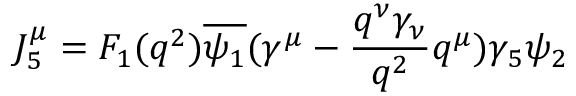
J _ { 5 } ^ { \mu } = F _ { 1 } ( q ^ { 2 } ) \overline { { { \psi _ { 1 } } } } ( \gamma ^ { \mu } - \frac { q ^ { \nu } \gamma _ { \nu } } { q ^ { 2 } } q ^ { \mu } ) \gamma _ { 5 } \psi _ { 2 }